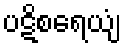
ပဋိစရေယျံ